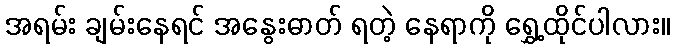
အရမ်း ချမ်းနေရင် အနွေးဓာတ် ရတဲ့ နေရာကို ရွှေ့ထိုင်ပါလား။